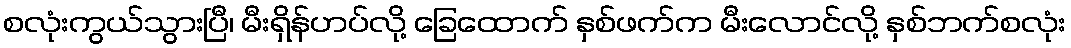
စလုံးကွယ်သွားပြီ၊ မီးရှိန်ဟပ်လို့ ခြေထောက် နှစ်ဖက်က မီးလောင်လို့ နှစ်ဘက်စလုံး